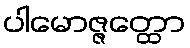
ပါမောဇ္ဇတ္ထော